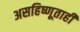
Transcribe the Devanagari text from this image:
असहिष्णूताही